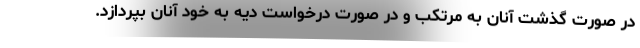
در صورت گذشت آنان به مرتکب و در صورت درخواست دیه به خود آنان بپردازد.